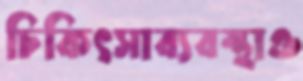
চিকিৎসাব্যবস্থাও